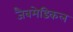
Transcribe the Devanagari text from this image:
जैवमेडिकल